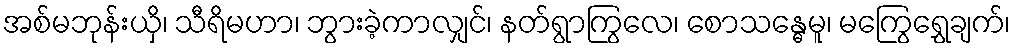
အစ်မဘုန်းယှိ၊ သီရိမဟာ၊ ဘွားခဲ့ကာလျှင်၊ နတ်ရွာကြွလေ၊ စောသန္ဓေမူ၊ မကြွေရွှေချက်၊